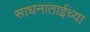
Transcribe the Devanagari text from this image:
साधनाताईंच्या